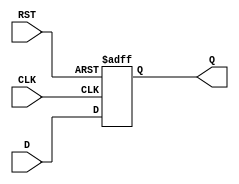
module InputRegister (
    input wire D,        // Data Input
    input wire CLK,      // Clock Input
    input wire RST,      // Asynchronous Reset
    output reg Q         // Output
);

// Asynchronous reset behavior
always @(posedge CLK or posedge RST) begin
    if (RST) begin
        Q <= 1'b0;      // Reset output to 0
    end else begin
        Q <= D;         // Capture input data on clock edge
    end
end

endmodule